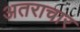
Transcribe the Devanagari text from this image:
अतराचार